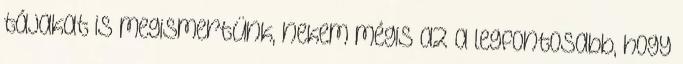
tájakat is megismertünk, nekem mégis az a legfontosabb, hogy